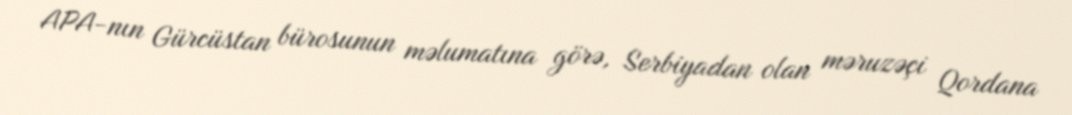
APA-nın Gürcüstan bürosunun məlumatına görə, Serbiyadan olan məruzəçi Qordana